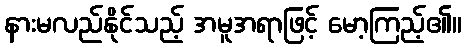
နားမလည်နိုင်သည့် အမူအရာဖြင့် မော့ကြည့်၏။